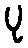
ပု